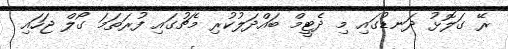
ރޭ ގަލޮޅު ދަނޑުގައި މި ދެޓީމް ބައްދަލުކުރި މެޗުގައި ފުރަތަމަ ގޯލް ޖަހައި